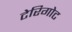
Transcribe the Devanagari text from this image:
टेरिगोट